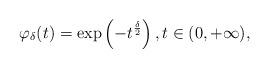
LaTeX: \begin{align*}\varphi_\delta(t) = \exp\left(-t^{\frac{\delta}{2}}\right), t\in (0,+\infty),\end{align*}